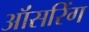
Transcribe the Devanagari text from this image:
ऑंसरिंग